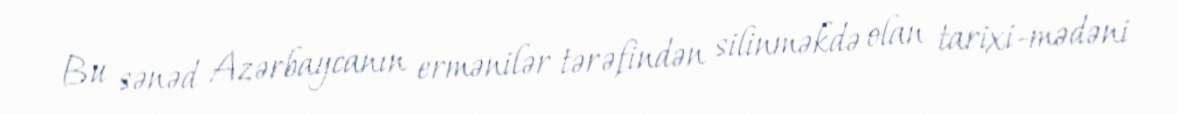
Bu sənəd Azərbaycanın ermənilər tərəfindən silinməkdə olan tarixi-mədəni